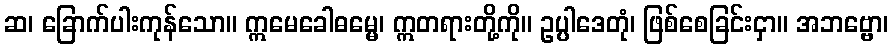
ဆ၊ ခြောက်ပါးကုန်သော။ ဣမေခေါဓမ္မေ၊ ဣတရားတို့ကို။ ဥပ္ပါဒေတုံ၊ ဖြစ်စေခြင်းငှာ။ အဘဗ္ဗော၊